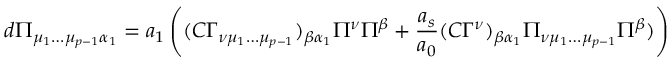
d \Pi _ { \mu _ { 1 } \dots \mu _ { p - 1 } \alpha _ { 1 } } = a _ { 1 } \left( ( C \Gamma _ { \nu \mu _ { 1 } \dots \mu _ { p - 1 } } ) _ { \beta \alpha _ { 1 } } \Pi ^ { \nu } \Pi ^ { \beta } + { \frac { a _ { s } } { a _ { 0 } } } ( C \Gamma ^ { \nu } ) _ { \beta \alpha _ { 1 } } \Pi _ { \nu \mu _ { 1 } \dots \mu _ { p - 1 } } \Pi ^ { \beta } ) \right)